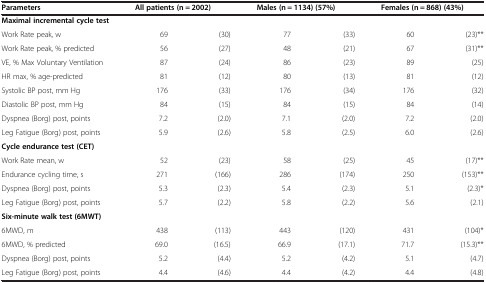
| Parameters | <COLSPAN=2> All patients (n = 2002) | <COLSPAN=2> Males (n = 1134) (57%) | <COLSPAN=2> Females (n = 868) (43%) |
 | --- | --- | --- | --- | --- | --- | --- |
 | Maximal incremental cycle test |  |  |  |  |  |  |
 | Work Rate peak, w | 69 | (30) | 77 | (33) | 60 | (23)** |
 | Work Rate peak, % predicted | 56 | (27) | 48 | (21) | 67 | (31)** |
 | VE, % Max Voluntary Ventilation | 87 | (24) | 86 | (23) | 89 | (25) |
 | HR max, % age-predicted | 81 | (12) | 80 | (13) | 81 | (12) |
 | Systolic BP post, mm Hg | 176 | (33) | 176 | (34) | 176 | (32) |
 | Diastolic BP post, mm Hg | 84 | (15) | 84 | (15) | 84 | (14) |
 | Dyspnea (Borg) post, points | 7.2 | (2.0) | 7.1 | (2.0) | 7.2 | (2.0) |
 | Leg Fatigue (Borg) post, points | 5.9 | (2.6) | 5.8 | (2.5) | 6.0 | (2.6) |
 | Cycle endurance test (CET) |  |  |  |  |  |  |
 | Work Rate mean, w | 52 | (23) | 58 | (25) | 45 | (17)** |
 | Endurance cycling time, s | 271 | (166) | 286 | (174) | 250 | (153)** |
 | Dyspnea (Borg) post, points | 5.3 | (2.3) | 5.4 | (2.3) | 5.1 | (2.3)* |
 | Leg Fatigue (Borg) post, points | 5.7 | (2.2) | 5.8 | (2.2) | 5.6 | (2.1) |
 | Six-minute walk test (6MWT) |  |  |  |  |  |  |
 | 6MWD, m | 438 | (113) | 443 | (120) | 431 | (104)* |
 | 6MWD, % predicted | 69.0 | (16.5) | 66.9 | (17.1) | 71.7 | (15.3)** |
 | Dyspnea (Borg) post, points | 5.2 | (4.4) | 5.2 | (4.2) | 5.1 | (4.7) |
 | Leg Fatigue (Borg) post, points | 4.4 | (4.6) | 4.4 | (4.2) | 4.4 | (4.8) |